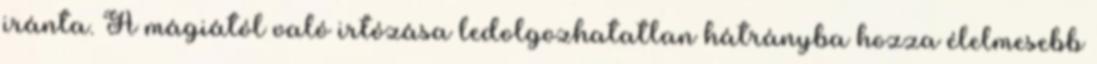
iránta. A mágiától való irtózása ledolgozhatatlan hátrányba hozza élelmesebb